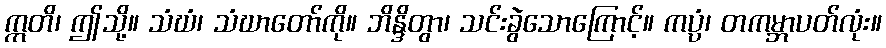
ဣတိ၊ ဤသို့။ သံဃံ၊ သံဃာတော်ကို။ ဘိန္ဒိတွာ၊ သင်းခွဲသောကြောင့်။ ကပ္ပံ၊ တကမ္ဘာပတ်လုံး။